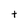
Character: t